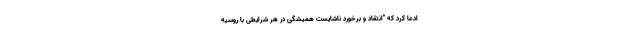
ادعا کرد که "انتقاد و برخورد ناشایست همیشگی در هر شرایطی با روسیه